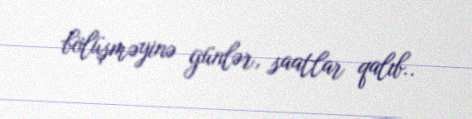
bölüşməyinə günlər, saatlar qalıb..